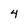
Character: 4